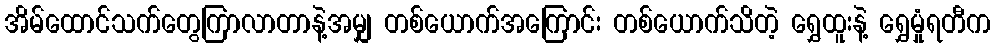
အိမ်ထောင်သက်တွေကြာလာတာနဲ့အမျှ တစ်ယောက်အကြောင်း တစ်ယောက်သိတဲ့ ရွှေထူးနဲ့ ရွှေမှုံရတီက